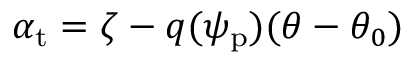
\alpha _ { \mathrm { t } } = \zeta - q ( \psi _ { \mathrm { { p } } } ) ( \theta - \theta _ { 0 } )